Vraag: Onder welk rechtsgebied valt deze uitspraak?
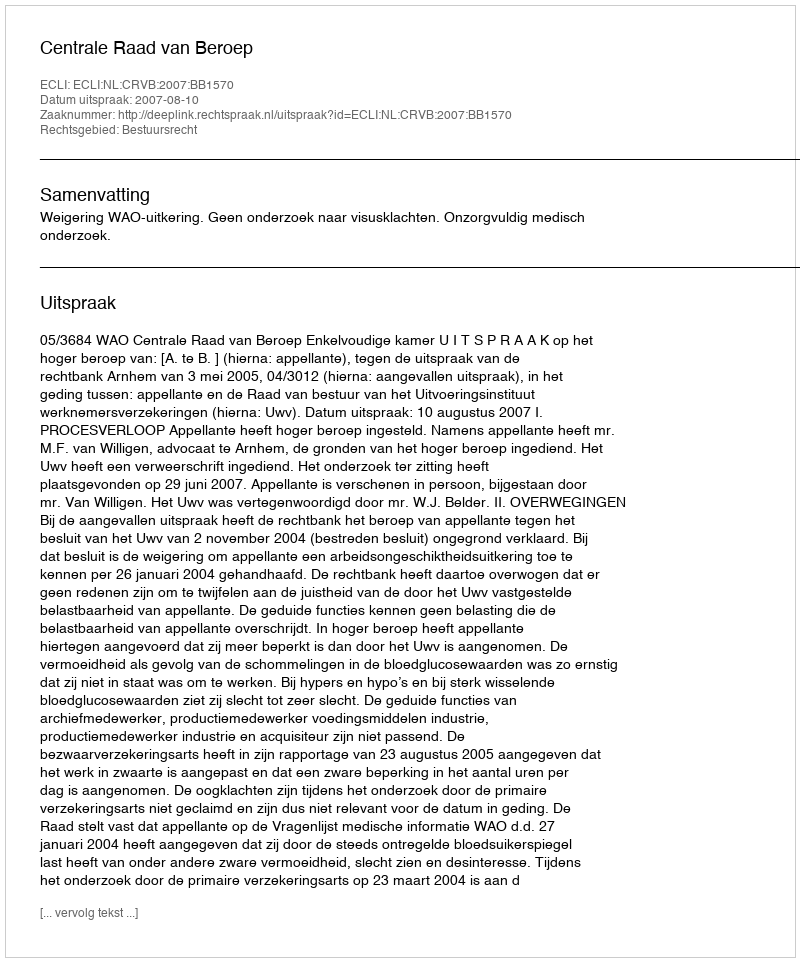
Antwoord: Bestuursrecht